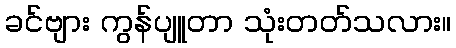
ခင်ဗျား ကွန်ပျူတာ သုံးတတ်သလား။